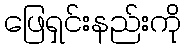
ဖြေရှင်းနည်းကို